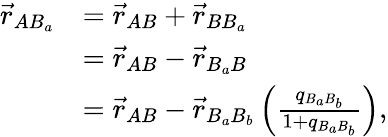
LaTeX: \begin{array}{rl}{\vec{r}_{AB_{a}}}&{=\vec{r}_{AB}+\vec{r}_{BB_{a}}}\\ &{=\vec{r}_{AB}-\vec{r}_{B_{a}B}}\\ &{=\vec{r}_{AB}-\vec{r}_{B_{a}B_{b}}\left(\frac{q_{B_{a}B_{b}}}{1+q_{B_{a}B_{b}}}\right),}\end{array}